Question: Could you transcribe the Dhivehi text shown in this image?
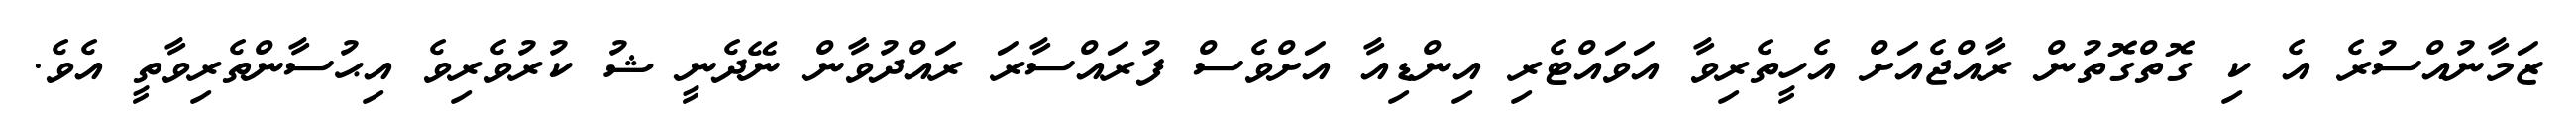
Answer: ޒަމާނުއްސުރެ އެ ކި ގޮތްގޮތުން ރާއްޖެއަށް އެހީތެރިވާ އަވައްޓެރި އިންޑިއާ އަށްވެސް ފުރައްސާރަ ރައްދުވާން ނޭދެނީ ޝު ކުރުވެރިވެ އިޙުސާންތެރިވާތީ އެވެ.